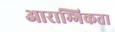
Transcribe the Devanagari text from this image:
आराम्भिकता